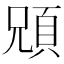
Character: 𩒇